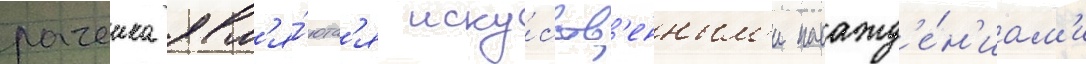
рачеика явл'я́ютс'я иску́сств'енным'и насажд'е́н'иам'и